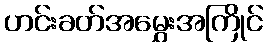
ဟင်းခတ်အမွှေးအကြိုင်